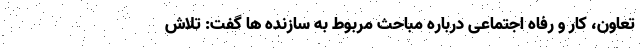
تعاون، کار و رفاه اجتماعی درباره مباحث مربوط به سازنده ها گفت: تلاش